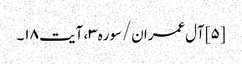
[۵] آل‌عمران/سوره۳، آیت ۱۸۔